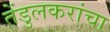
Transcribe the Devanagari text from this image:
तेंडुलकरांचा